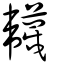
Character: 韤